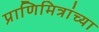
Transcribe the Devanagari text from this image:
प्राणिमित्रांच्या